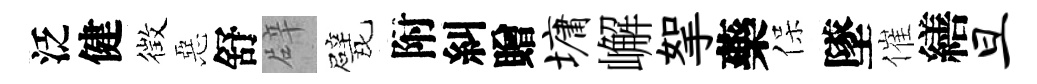
泛健徴惡舒辟戏附糾贈墉嶰挐藥保墜催繕旦